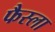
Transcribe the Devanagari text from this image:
फैस्ला